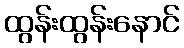
ထွန်းထွန်းနောင်